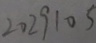
2 0 2 9 1 0 5